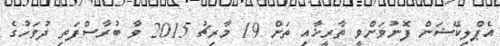
އެޕްލިކޭޝަން ފޮނުވަންވީ ތާރީޚާއި ތަން 19 މާރިޗު 2015 ވާ ބުރާސްފަތި ދުވަހުގެ